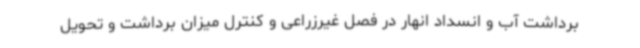
برداشت آب و انسداد انهار در فصل غیرزراعی و کنترل میزان برداشت و تحویل